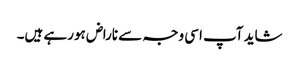
شاید آپ اسی وجہ سے ناراض ہورہے ہیں۔